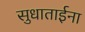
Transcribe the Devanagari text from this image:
सुधाताईना